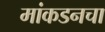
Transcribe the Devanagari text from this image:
मांकडनचा